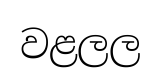
වළලල